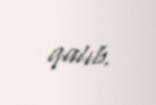
qalıb.